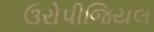
ઉરોપીજિયલ